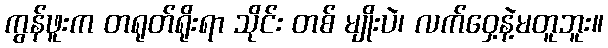
ကွန်ဖူးက တရုတ်ရိုးရာ သိုင်း တစ် မျိုးပဲ၊ လက်ဝှေ့နဲ့မတူဘူး။